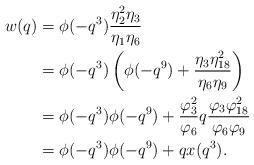
LaTeX: \begin{align*}w(q) &= \phi(-q^3)\frac{\eta_2^2\eta_3}{\eta_1\eta_6}\\&= \phi(-q^3)\left(\phi(-q^9)+\frac{\eta_3\eta_{18}^2}{\eta_6\eta_9}\right)\\&= \phi(-q^3)\phi(-q^9)+\frac{\varphi_3^2}{\varphi_6}q\frac{\varphi_3\varphi_{18}^2}{\varphi_6\varphi_9}\\&=\phi(-q^3)\phi(-q^9)+qx(q^3).\end{align*}